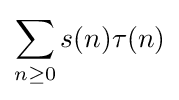
\sum _{n\geq 0}s(n)\tau (n)